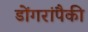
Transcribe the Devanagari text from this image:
डोंगरांपैकी